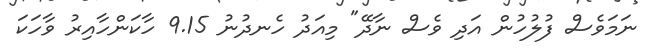
ނަމަވެސް ފުލުހުން އަދި ވެސް ނާދޭ" މިއަދު ހެނދުނު 9.15 ހާކަންހާއިރު ވާހަކަ